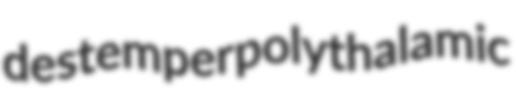
destemper polythalamic